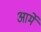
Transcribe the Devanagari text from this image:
आर्मे